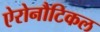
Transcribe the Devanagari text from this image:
ऐरोनौटिकल